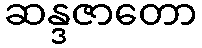
ဆန္ဒဇာတော